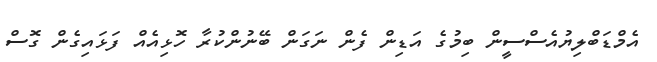
އެމްޑަބްލިޔުއެސްސީން ބިމުގެ އަޑިން ފެން ނަގަން ބޭނުންކުރާ ހޮޅިއެއް ފަޅައިގެން ގޮސް